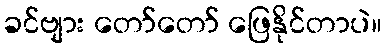
ခင်ဗျား တော်တော် ဖြေနိုင်တာပဲ။